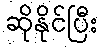
ဆိုနိုင်ပြီး